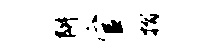
阱官摺